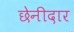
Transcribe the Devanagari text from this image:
छेनीदार